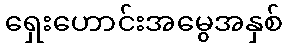
ရှေးဟောင်းအမွေအနှစ်